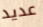
عديد